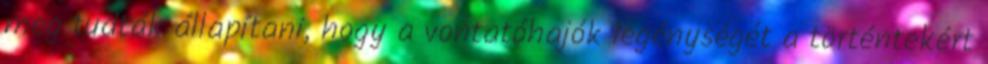
meg tudták állapítani, hogy a vontatóhajók legénységét a történtekért